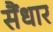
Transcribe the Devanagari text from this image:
सैंधार